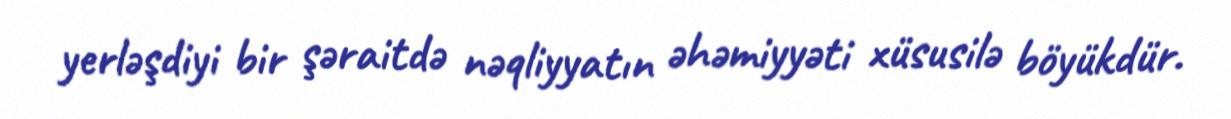
yerləşdiyi bir şəraitdə nəqliyyatın əhəmiyyəti xüsusilə böyükdür.